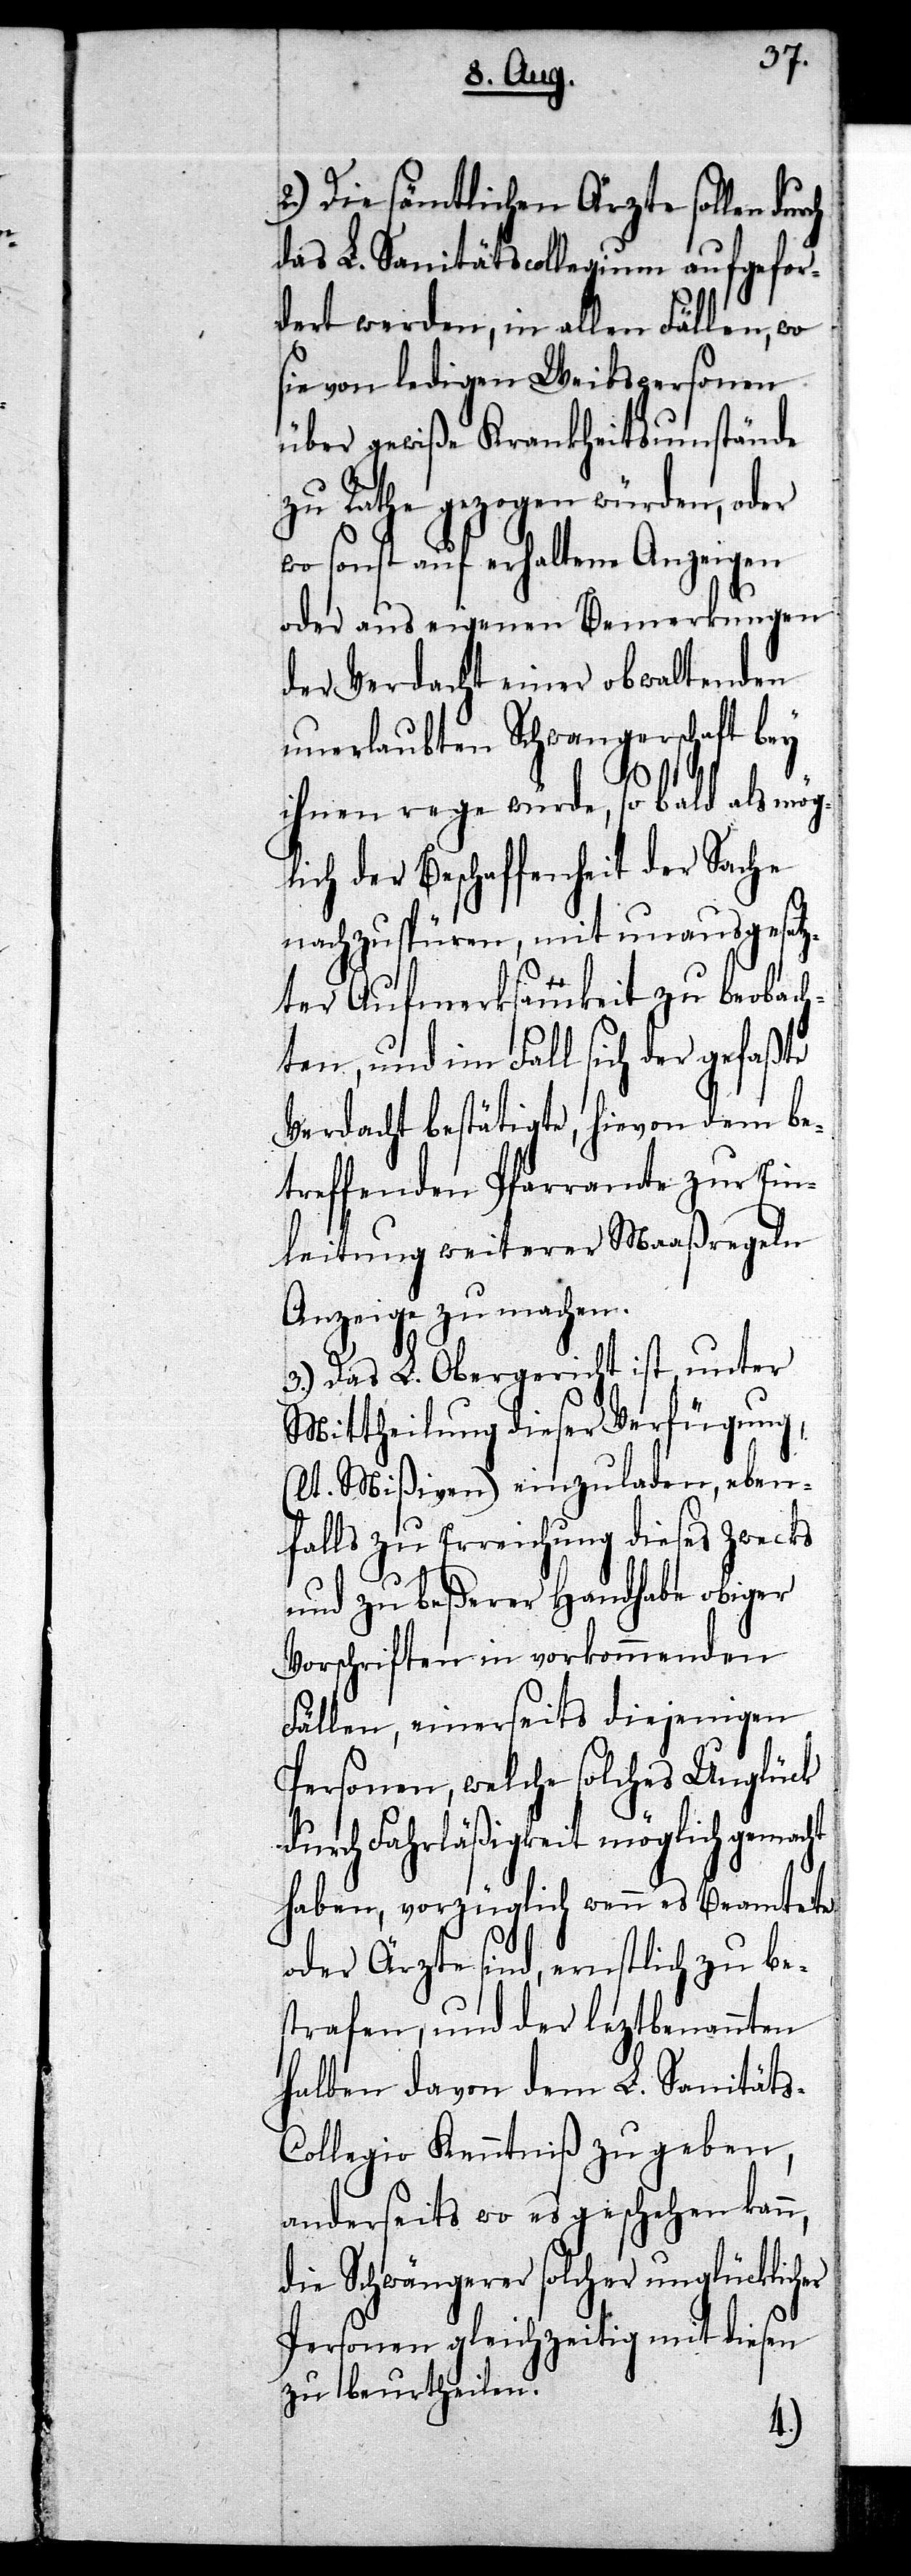
2.) Die sämtlichen Ärzte sollen
das L. Sanitätscollegium aufgefor¬
dert werden, in allen Fällen, wo
sie von ledigen Weibspersonen
über gewiße Krankheitsumstände
zu Rathe gezogen würden, oder
wo sonst auf erhaltene Anzeigen
oder aus eigenen Bemerkungen
der Verdacht einer obwaltenden
unerlaubten Schwangerschaft bey
ihnen rege würde, so bald als mög¬
lich der Beschaffenheit der Sache
nachzuspüren, mit unausgesetz¬
ter Aufmerksamkeit zu beobach¬
ten, und im Fall sich der gefaßte
Verdacht bestätigte, hievon dem be¬
treffenden Pfarramte zur Ein¬
leitung weiterer Maaßregeln
Anzeige zu machen.
3.) Das L. Obergericht ist, unter
Mittheilung dieser Verfügung,
(lt. Mißiven) einzuladen, eben¬
falls zu Erreichung dieses Zwecks
und zu beßerer Handhabe obiger
Vorschriften in vorkommenden
Fällen, einerseits diejenigen
Personen, welche solches Unglück
durch Fahrläßigkeit möglich gemacht
haben, vorzüglich wenn es Beamtete
oder Ärzte sind, ernstlich zu be¬
strafen, und der leztbenannten
halben davon dem L. Sanität¬
s-Collegio Kenntniß zu geben,
anderseits wo es geschehen kann,
die Schwängerer solcher unglücklicher
Personen gleichzeitig mit diesen
zu beurtheilen.